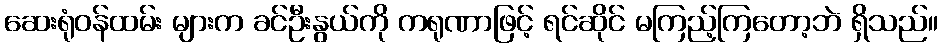
ဆေးရုံဝန်ထမ်း များက ခင်ဦးနွယ်ကို ကရုဏာဖြင့် ရင်ဆိုင် မကြည့်ကြတော့ဘဲ ရှိသည်။